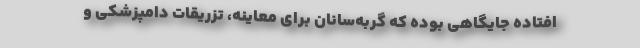
افتاده جایگاهی بوده که گربه‌سانان برای معاینه، تزریقات دامپزشکی و